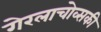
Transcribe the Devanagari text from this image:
गेरलाचोव्सकी